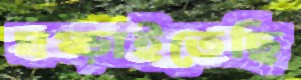
ঘষ্‌ড়াইতেছি